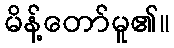
မိန့်တော်မူ၏။